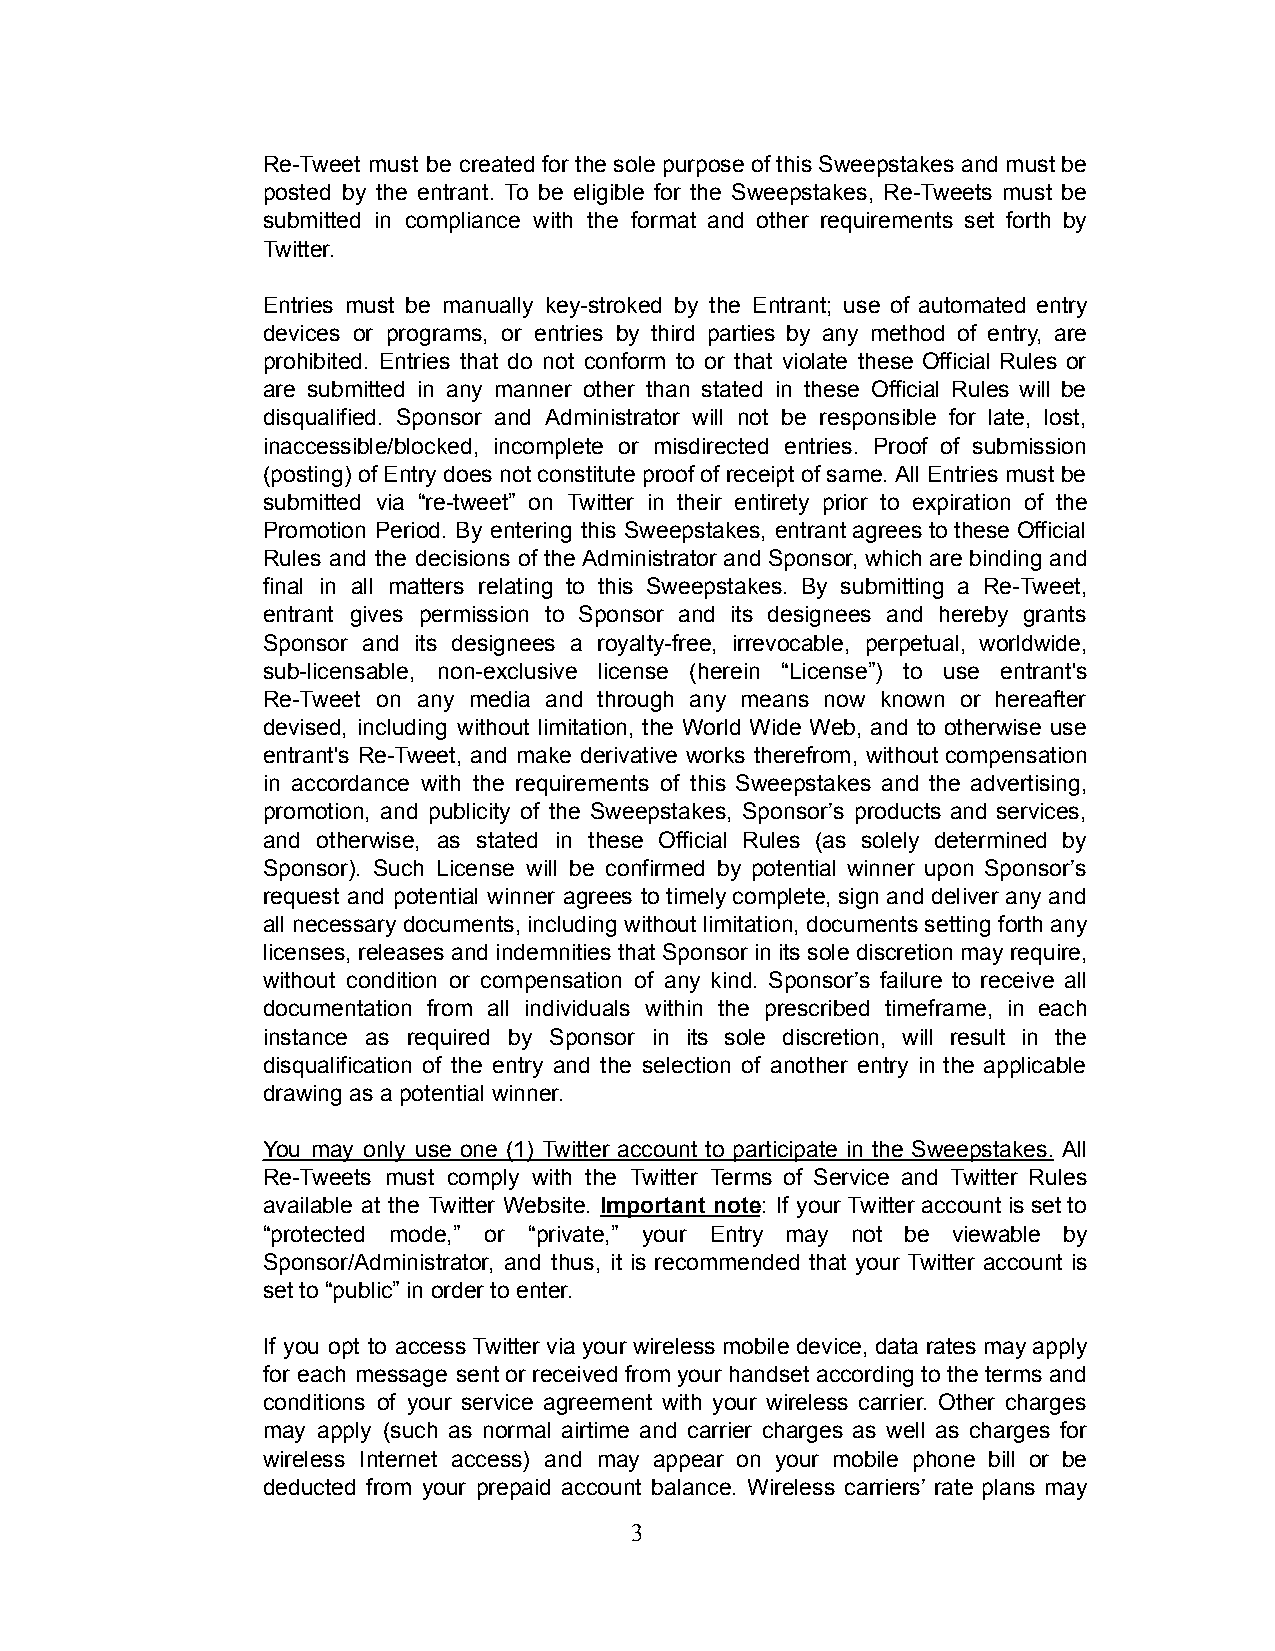
Re-Tweet must be created for the sole purpose of this Sweepstakes and must be
 posted by the entrant. To be eligible for the Sweepstakes, Re-Tweets must be
 submitted in compliance with the format and other requirements set forth by
 Twitter.
 Entries must be manually key-stroked by the Entrant; use of automated entry
 devices or programs, or entries by third parties by any method of entry, are
 prohibited. Entries that do not conform to or that violate these Official Rules or
 are submitted in any manner other than stated in these Official Rules will be
 disqualified. Sponsor and Administrator will not be responsible for late, lost,
 inaccessible/blocked, incomplete or misdirected entries. Proof of submission
 (posting) of Entry does not constitute proof of receipt of same. All Entries must be
 submitted via “re-tweet” on Twitter in their entirety prior to expiration of the
 Promotion Period. By entering this Sweepstakes, entrant agrees to these Official
 Rules and the decisions of the Administrator and Sponsor, which are binding and
 final in all matters relating to this Sweepstakes. By submitting a Re-Tweet,
 entrant gives permission to Sponsor and its designees and hereby grants
 Sponsor and its designees a royalty-free, irrevocable, perpetual, worldwide,
 sub-licensable, non-exclusive license (herein “License”) to use entrant's
 Re-Tweet on any media and through any means now known or hereafter
 devised, including without limitation, the World Wide Web, and to otherwise use
 entrant's Re-Tweet, and make derivative works therefrom, without compensation
 in accordance with the requirements of this Sweepstakes and the advertising,
 promotion, and publicity of the Sweepstakes, Sponsor’s products and services,
 and otherwise, as stated in these Official Rules (as solely determined by
 Sponsor). Such License will be confirmed by potential winner upon Sponsor’s
 request and potential winner agrees to timely complete, sign and deliver any and
 all necessary documents, including without limitation, documents setting forth any
 licenses, releases and indemnities that Sponsor in its sole discretion may require,
 without condition or compensation of any kind. Sponsor’s failure to receive all
 documentation from all individuals within the prescribed timeframe, in each
 instance as required by Sponsor in its sole discretion, will result in the
 disqualification of the entry and the selection of another entry in the applicable
 drawing as a potential winner.
 You may only use one (1) Twitter account to participate in the Sweepstakes. All
 Re-Tweets must comply with the Twitter Terms of Service and Twitter Rules
 available at the Twitter Website. Important note: If your Twitter account is set to
 “protected mode,” or “private,” your Entry may not be viewable by
 Sponsor/Administrator, and thus, it is recommended that your Twitter account is
 set to “public” in order to enter.
 If you opt to access Twitter via your wireless mobile device, data rates may apply
 for each message sent or received from your handset according to the terms and
 conditions of your service agreement with your wireless carrier. Other charges
 may apply (such as normal airtime and carrier charges as well as charges for
 wireless Internet access) and may appear on your mobile phone bill or be
 deducted from your prepaid account balance. Wireless carriers’ rate plans may
 3